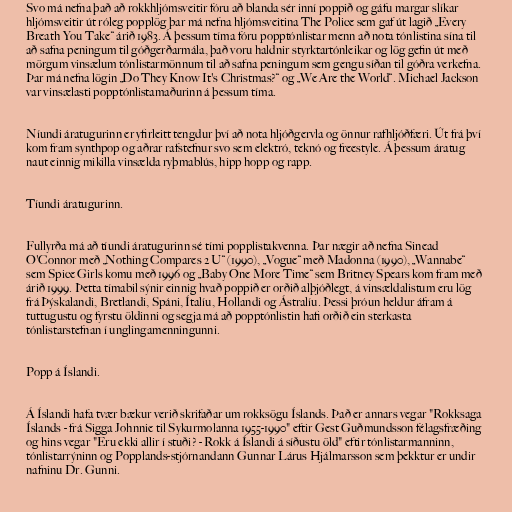
Svo má nefna það að rokkhljómsveitir fóru að blanda sér inní poppið og gáfu margar slíkar
hljómsveitir út róleg popplög þar má nefna hljómsveitina The Police sem gaf út lagið „Every
Breath You Take“ árið 1983. Á þessum tíma fóru popptónlistar menn að nota tónlistina sína til
að safna peningum til góðgerðarmála, það voru haldnir styrktartónleikar og lög gefin út með
mörgum vinsælum tónlistarmönnum til að safna peningum sem gengu síðan til góðra verkefna.
Þar má nefna lögin „Do They Know It's Christmas?“ og „We Are the World“. Michael Jackson
var vinsælasti popptónlistamaðurinn á þessum tíma.

Níundi áratugurinn er yfirleitt tengdur því að nota hljóðgervla og önnur rafhljóðfæri. Út frá því
kom fram synthpop og aðrar rafstefnur svo sem elektró, teknó og freestyle. Á þessum áratug
naut einnig mikilla vinsælda ryþmablús, hipp hopp og rapp.

Tíundi áratugurinn.

Fullyrða má að tíundi áratugurinn sé tími popplistakvenna. Þar nægir að nefna Sinead
O'Connor með „Nothing Compares 2 U“ (1990), „Vogue“ með Madonna (1990), „Wannabe“
sem Spice Girls komu með 1996 og „Baby One More Time“ sem Britney Spears kom fram með
árið 1999. Þetta tímabil sýnir einnig hvað poppið er orðið alþjóðlegt, á vinsældalistum eru lög
frá Þýskalandi, Bretlandi, Spáni, Ítalíu, Hollandi og Ástralíu. Þessi þróun heldur áfram á
tuttugustu og fyrstu öldinni og segja má að popptónlistin hafi orðið ein sterkasta
tónlistarstefnan í unglingamenningunni.

Popp á Íslandi.

Á Íslandi hafa tvær bækur verið skrifaðar um rokksögu Íslands. Það er annars vegar "Rokksaga
Íslands - frá Sigga Johnnie til Sykurmolanna 1955-1990" eftir Gest Guðmundsson félagsfræðing
og hins vegar "Eru ekki allir í stuði? - Rokk á Íslandi á síðustu öld" eftir tónlistarmanninn,
tónlistarrýninn og Popplands-stjórnandann Gunnar Lárus Hjálmarsson sem þekktur er undir
nafninu Dr. Gunni.